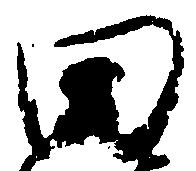
田